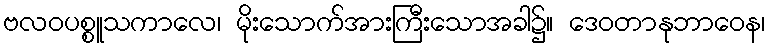
ဗလဝပစ္စူသကာလေ၊ မိုးသောက်အားကြီးသောအခါ၌။ ဒေဝတာနုဘာဝေန၊